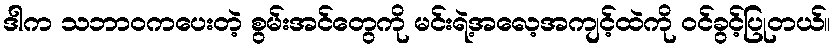
ဒါက သဘာဝကပေးတဲ့ စွမ်းအင်တွေကို မင်းရဲ့အလေ့အကျင့်ထဲကို ဝင်ခွင့်ပြုတယ်။